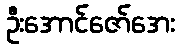
ဦးအောင်ဇော်အေး